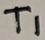
Text: T1